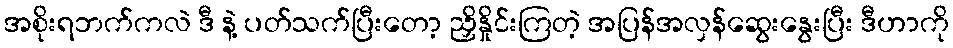
အစိုးရဘက်ကလဲ ဒီ နဲ့ ပတ်သက်ပြီးတော့ ညှိနှိုင်းကြတဲ့ အပြန်အလှန်ဆွေးနွေးပြီး ဒီဟာကို